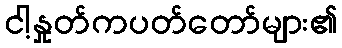
ငါ့နှုတ်ကပတ်တော်များ၏